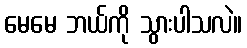
မေမေ ဘယ်ကို သွားပါသလဲ။